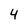
Character: 4